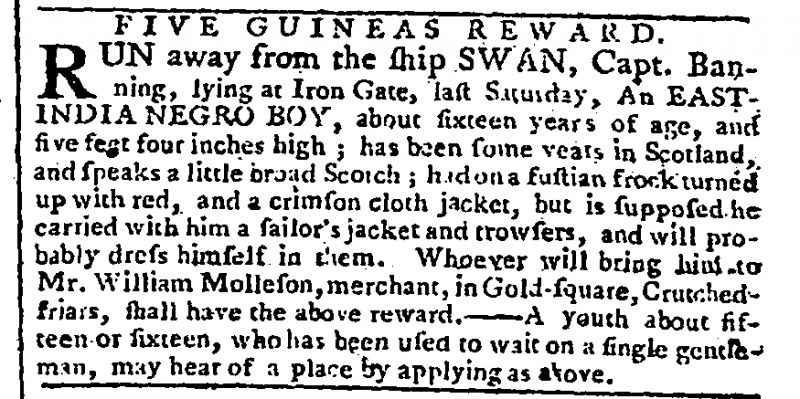
Gazetteer and New Daily Advertiser, 13 April 1768 (England)
    FIVE GUINEAS REWARD.RUN away from the ship SWAN, Capt. Banning, lying at Iron Gate, last Saturday, An EAST-INDIA NEGRO BOY, about sixteen years of age, and five feet four inches high; has been some years in Scotland, and speaks a little broad Scotch; had on a fustian frock turned up with red, and a crimson cloth jacket, but is supposed he carried with him a sailor’s jacket and trowsers, and will probably dress himself in them. Whoever will bring him to Mr. William Molleson, merchant, in Gold-square, Crutched-friars, shall have the above reward. – A youth about fifteen or sixteen, who has been used to wait on a single gentleman, may hear of a place by applying as above.